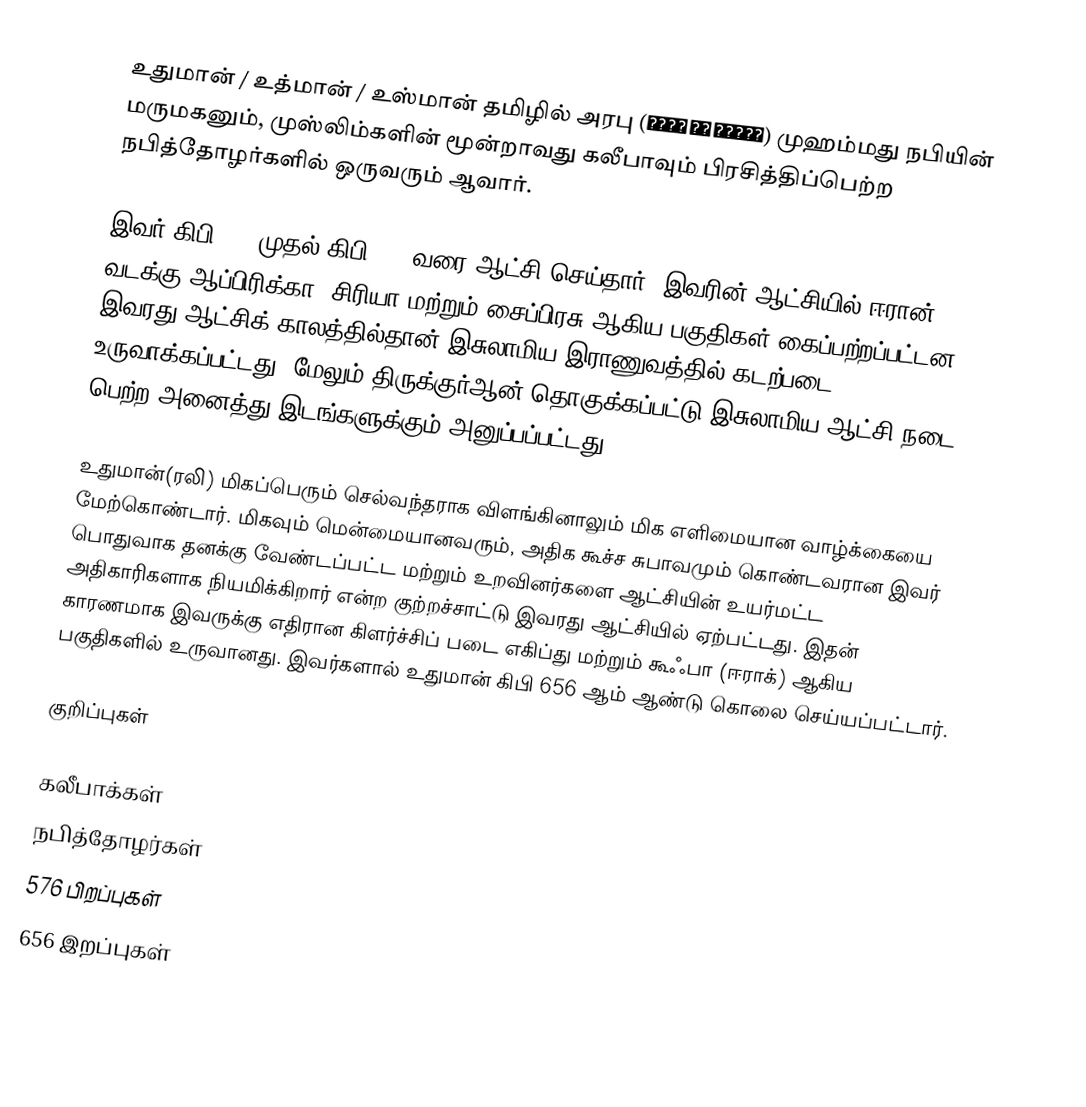
உதுமான் / உத்மான் / உஸ்மான் தமிழில் அரபு  (عثمان بن عفان) முஹம்மது நபியின் மருமகனும், முஸ்லிம்களின் மூன்றாவது கலீபாவும் பிரசித்திப்பெற்ற நபித்தோழர்களில் ஒருவரும் ஆவார்.

இவர் கிபி 644 முதல் கிபி 656 வரை ஆட்சி செய்தார். இவரின் ஆட்சியில் ஈரான், வடக்கு ஆப்பிரிக்கா, சிரியா மற்றும் சைப்பிரசு ஆகிய பகுதிகள் கைப்பற்றப்பட்டன. இவரது ஆட்சிக் காலத்தில்தான் இசுலாமிய இராணுவத்தில் கடற்படை உருவாக்கப்பட்டது. மேலும் திருக்குர்ஆன் தொகுக்கப்பட்டு இசுலாமிய ஆட்சி நடை பெற்ற அனைத்து இடங்களுக்கும் அனுப்பப்பட்டது.

உதுமான்(ரலி) மிகப்பெரும் செல்வந்தராக விளங்கினாலும் மிக எளிமையான வாழ்க்கையை மேற்கொண்டார். மிகவும் மென்மையானவரும், அதிக கூச்ச சுபாவமும் கொண்டவரான இவர் பொதுவாக தனக்கு வேண்டப்பட்ட மற்றும் உறவினர்களை ஆட்சியின் உயர்மட்ட அதிகாரிகளாக நியமிக்கிறார் என்ற குற்றச்சாட்டு இவரது ஆட்சியில் ஏற்பட்டது. இதன் காரணமாக இவருக்கு எதிரான கிளர்ச்சிப் படை எகிப்து மற்றும் கூஃபா (ஈராக்) ஆகிய பகுதிகளில் உருவானது. இவர்களால் உதுமான் கிபி 656 ஆம் ஆண்டு கொலை செய்யப்பட்டார்.

குறிப்புகள்

கலீபாக்கள்
நபித்தோழர்கள்
576 பிறப்புகள்
656 இறப்புகள்